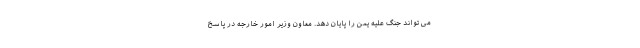
می تواند جنگ علیه یمن را پایان دهد. معاون وزیر امور خارجه در پاسخ